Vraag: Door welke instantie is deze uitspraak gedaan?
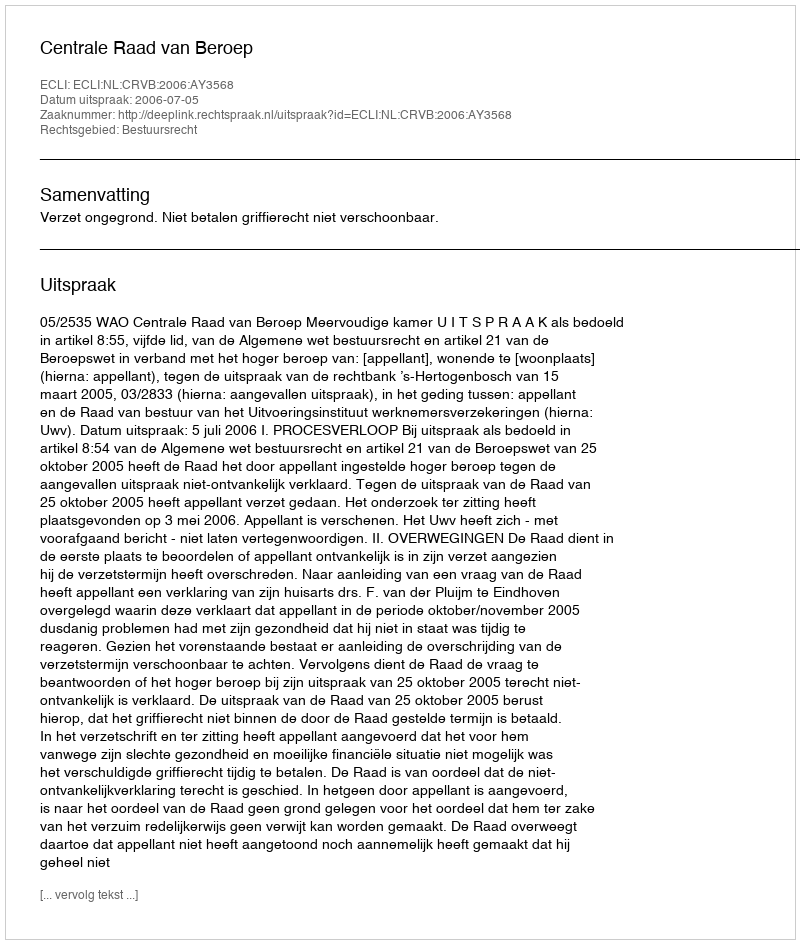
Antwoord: Centrale Raad van Beroep